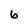
Character: 6